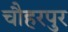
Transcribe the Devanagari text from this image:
चौहरपुर